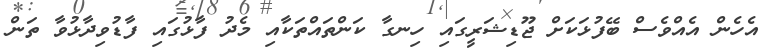
އެހެން އެއްވެސް ބޭފުޅަކަށް ޖޫޑިޝަރީގައި ހިނގާ ކަންތައްތަކާއި މެދު ފާޅުގައި ފާޑުވިދާޅުވާ ތަން